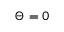
\Theta = 0